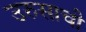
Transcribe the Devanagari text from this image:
उरुसाची